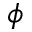
\phi